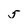
Character: 5